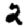
Digit: 2